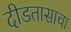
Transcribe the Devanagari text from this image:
दीडतासाचा